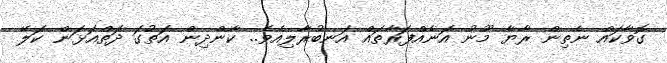
ގޮވާކައް ނެތިން ރާޔާ މޫނު އަނެއްފަރާތައް އަނބުރާލިއެވެ.. ކާންދިން އަތުގަ ދަތްއަޅަން ކަލޭ